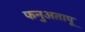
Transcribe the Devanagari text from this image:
फनुअतापू